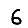
Digit: 6